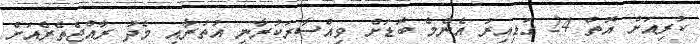
ކުރިއަށް އޮތް 24 ގަޑިއިރު އެންމެ ބޮޑަށް ވިއްސާރަކުރާނީ އުތުރާއި މެދު ރާއްޖެތެރެއަށް